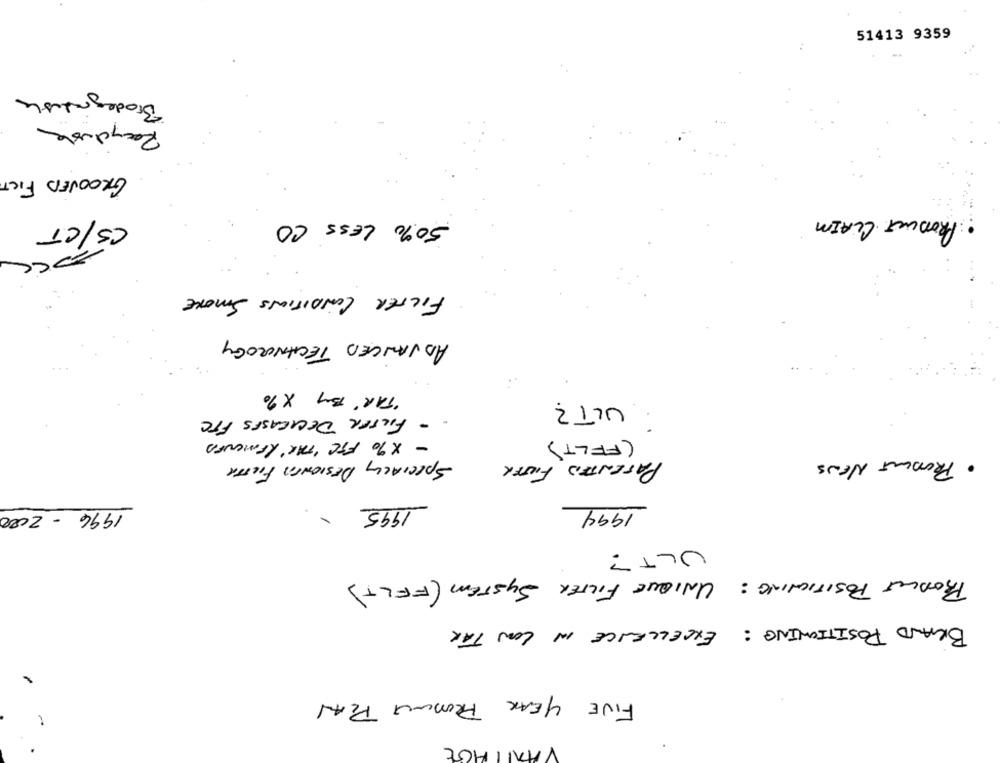
51413 9359
Biodegradable
Recyclable
GROOVED FICT
50% LESS CO
PRODUCT CLAIM
CS/CT
FILTER CONDITIONS SMOKE
ADVANCED TECHNOLOGY
"TAR' By X 90
ULT?
- FILTER DECICASES FTC
- X %0 FFC 'TAR REMENFA
(FFLT)
· PRODUCT NEWS
SPECIALLY DESIGNTA FITTA
PATENTED FILTER
-
1995
1994
1996 - 2000
ULT?
PRODUCT POSITIONING: UNIQUE FILTER SYSTEM (FELT)
BRAND POSITIONING: EXCELLENCE IN LOW TAR
FIVE YEAR PRODUCT PLAN
ANLAGE